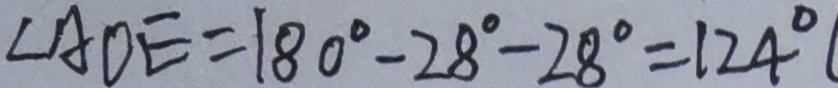
\angle A O E = 1 8 0 ^ { \circ } - 2 8 ^ { \circ } - 2 8 ^ { \circ } = 1 2 4 ^ { \circ }